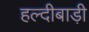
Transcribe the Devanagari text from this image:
हल्दीबाड़ी